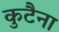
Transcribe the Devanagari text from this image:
कुटैना